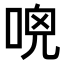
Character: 𠴺